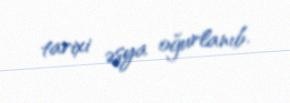
tarixi əşya oğurlanıb.